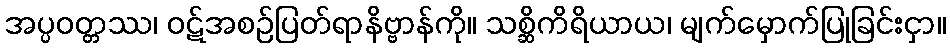
အပ္ပဝတ္တဿ၊ ဝဋ်အစဉ်ပြတ်ရာနိဗ္ဗာန်ကို။ သစ္ဆိကိရိယာယ၊ မျက်မှောက်ပြုခြင်းငှာ။